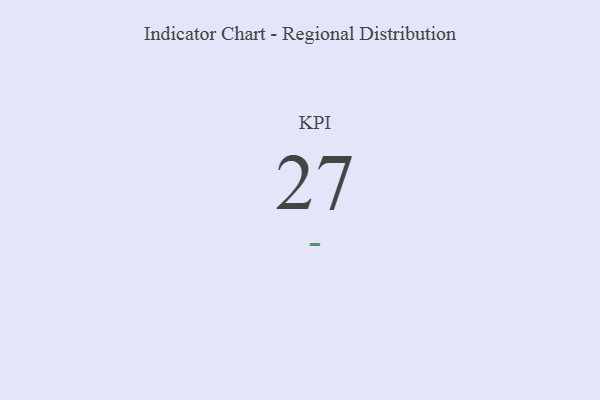
{"axis": {"x": "KPI", "y": "Value"}, "legend": [""], "data": [{"x": "KPI", "y": 27, "type": ""}]}